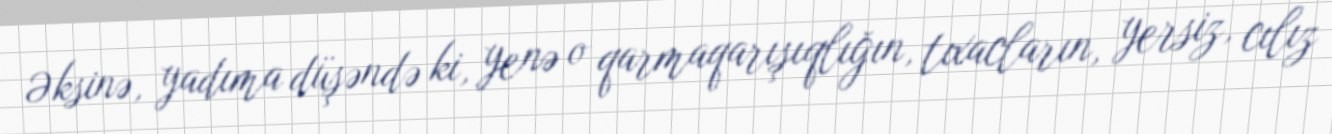
Əksinə, yadıma düşəndə ki, yenə o qarmaqarışıqlığın, tıxacların, yersiz, cılız